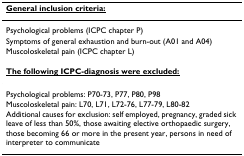
<table><thead><tr><td><b><underline>General inclusion criteria:</underline></b></td></tr></thead><tbody><tr><td>Psychological problems (ICPC chapter P)</td></tr><tr><td>Symptoms of general exhaustion and burn-out (A01 and A04)</td></tr><tr><td>Muscoloskeletal pain (ICPC chapter L)</td></tr><tr><td><b><underline>The following ICPC-diagnosis were excluded:</underline></b></td></tr><tr><td>Psychological problems: P70-73, P77, P80, P98</td></tr><tr><td>Muscoloskeletal pain: L70, L71, L72-76, L77-79, L80-82</td></tr><tr><td>Additional causes for exclusion: self employed, pregnancy, graded sick leave of less than 50%, those awaiting elective orthopaedic surgery, those becoming 66 or more in the present year, persons in need of interpreter to communicate</td></tr></tbody></table>